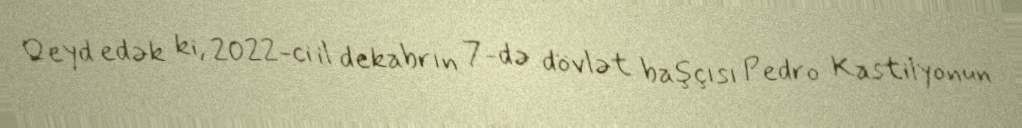
Qeyd edək ki, 2022-ci il dekabrın 7-də dövlət başçısı Pedro Kastilyonun